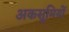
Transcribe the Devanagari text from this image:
अकसूमियों